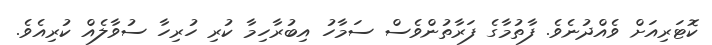
ކޮޓަރިއަށް ވެއްދުނެވެ. ފާތުމާގެ ފަރާތުންވެސް ސަމާހު އިބުރާހިމާ ކުރި ހުރިހާ ސުވާލެއް ކުރިއެވެ.